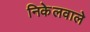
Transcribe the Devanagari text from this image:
निकेलवाले